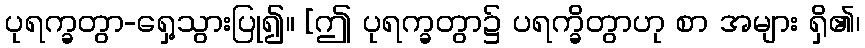
ပုရက္ခတွာ-ရှေ့သွားပြု၍။ [ဤ ပုရက္ခတွာ၌ ပရက္ခိတွာဟု စာ အများ ရှိ၏၊